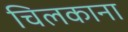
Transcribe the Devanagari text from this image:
चिलकाना